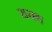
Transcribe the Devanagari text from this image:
ययथ